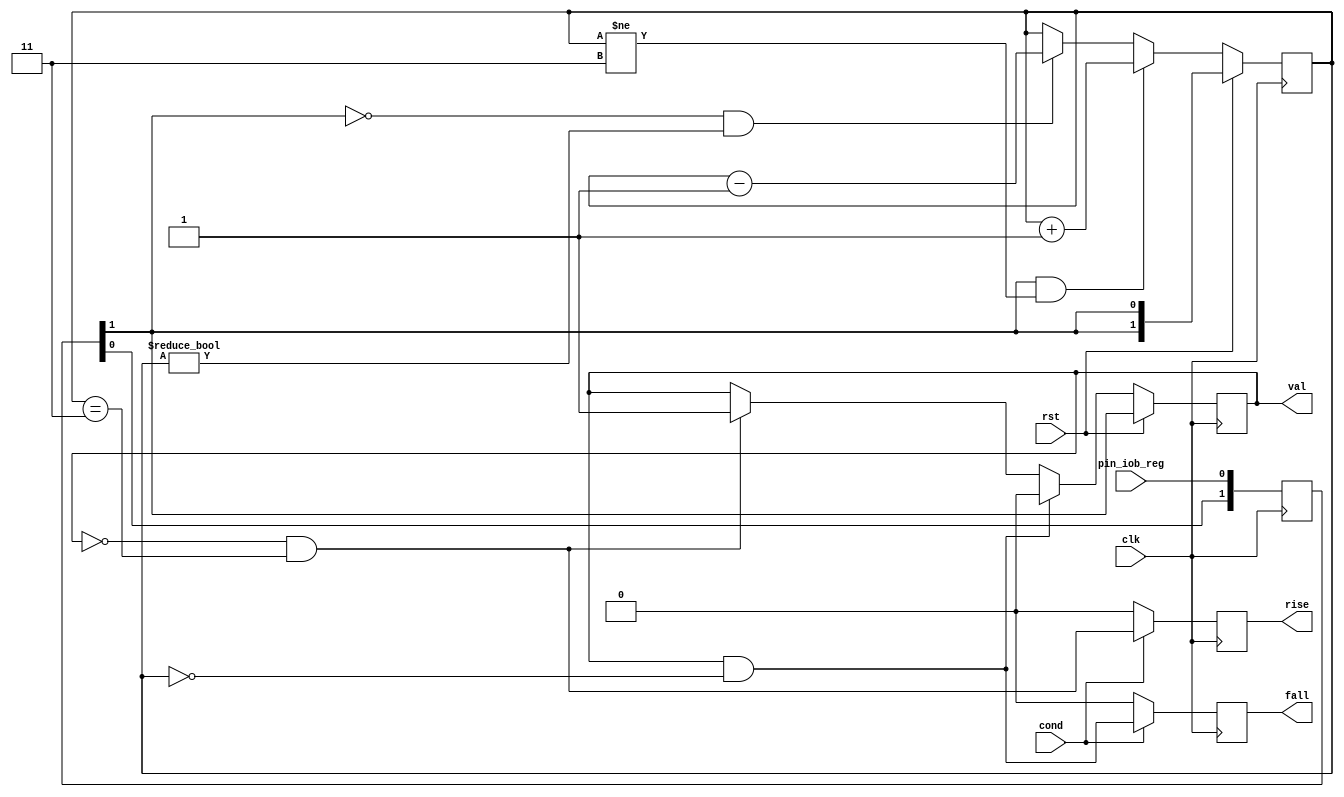
// This program was cloned from: https://github.com/tinyvision-ai-inc/Vision-FPGA-SoM
// License: MIT License

/*
 * glitch_filter.v
 *
 * vim: ts=4 sw=4
 *
 * Copyright (C) 2019  Sylvain Munaut <tnt@246tNt.com>
 * All rights reserved.
 *
 * BSD 3-clause, see LICENSE.bsd
 *
 * Redistribution and use in source and binary forms, with or without
 * modification, are permitted provided that the following conditions are met:
 *     * Redistributions of source code must retain the above copyright
 *       notice, this list of conditions and the following disclaimer.
 *     * Redistributions in binary form must reproduce the above copyright
 *       notice, this list of conditions and the following disclaimer in the
 *       documentation and/or other materials provided with the distribution.
 *     * Neither the name of the <organization> nor the
 *       names of its contributors may be used to endorse or promote products
 *       derived from this software without specific prior written permission.
 *
 * THIS SOFTWARE IS PROVIDED BY THE COPYRIGHT HOLDERS AND CONTRIBUTORS "AS IS" AND
 * ANY EXPRESS OR IMPLIED WARRANTIES, INCLUDING, BUT NOT LIMITED TO, THE IMPLIED
 * WARRANTIES OF MERCHANTABILITY AND FITNESS FOR A PARTICULAR PURPOSE ARE
 * DISCLAIMED. IN NO EVENT SHALL <COPYRIGHT HOLDER> BE LIABLE FOR ANY
 * DIRECT, INDIRECT, INCIDENTAL, SPECIAL, EXEMPLARY, OR CONSEQUENTIAL DAMAGES
 * (INCLUDING, BUT NOT LIMITED TO, PROCUREMENT OF SUBSTITUTE GOODS OR SERVICES;
 * LOSS OF USE, DATA, OR PROFITS; OR BUSINESS INTERRUPTION) HOWEVER CAUSED AND
 * ON ANY THEORY OF LIABILITY, WHETHER IN CONTRACT, STRICT LIABILITY, OR TORT
 * (INCLUDING NEGLIGENCE OR OTHERWISE) ARISING IN ANY WAY OUT OF THE USE OF THIS
 * SOFTWARE, EVEN IF ADVISED OF THE POSSIBILITY OF SUCH DAMAGE.
 */

`default_nettype none

module glitch_filter #(
	parameter integer L = 2
)(
	input wire  pin_iob_reg,
	input wire  cond,

	output wire val,
	output reg  rise,
	output reg  fall,

	input  wire clk,
	input  wire rst
);
	// Signals
	wire [L-1:0] all_zero;
	wire [L-1:0] all_one;
	wire [L-1:0] all_cur;

	reg [1:0] sync;
	reg state;
	reg [L-1:0] cnt;

	// Constants
	assign all_zero = { L{1'b0} };
	assign all_one  = { L{1'b1} };
	assign all_cur  = { L{sync[1]} };

	// Synchronizer
	always @(posedge clk)
		sync <= { sync[0], pin_iob_reg };

	// Filter
	always @(posedge clk)
		if (rst)
			cnt <= all_cur;
		else begin
			if (sync[1] & (cnt != all_one))
				cnt <= cnt + 1;
			else if (~sync[1] & (cnt != all_zero))
				cnt <= cnt - 1;
			else
				cnt <= cnt;
		end

	// State
	always @(posedge clk)
		if (rst)
			state <= sync[1];
		else begin
			if (state & cnt == all_zero)
				state <= 1'b0;
			else if (~state & cnt == all_one)
				state <= 1'b1;
			else
				state <= state;
		end

	assign val = state;

	// Rise / Fall detection
	always @(posedge clk)
	begin
		if (~cond) begin
			rise <= 1'b0;
			fall <= 1'b0;
		end else begin
			rise <= ~state & (cnt == all_one);
			fall <=  state & (cnt == all_zero);
		end
	end

endmodule // glitch_filter